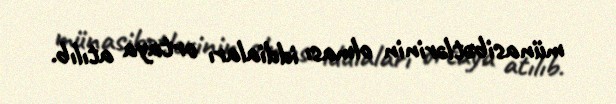
münasibətlərinin olması iddiaları ortaya atılıb.